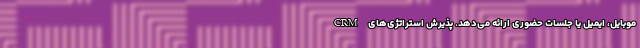
موبایل، ایمیل یا جلسات حضوری ارائه می‌دهد. پذیرش استراتژی‌های CRM